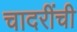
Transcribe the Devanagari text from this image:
चादरींची